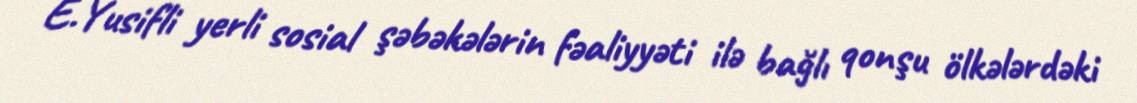
E.Yusifli yerli sosial şəbəkələrin fəaliyyəti ilə bağlı qonşu ölkələrdəki